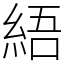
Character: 𦀡